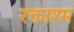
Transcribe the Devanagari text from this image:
रक्ताश्म